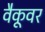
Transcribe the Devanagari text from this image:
वैकूवर